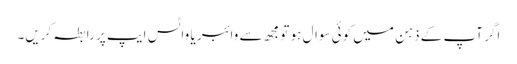
اگر آپ کے ذہن میں کوئی سوال ہو تو مجھ سے وائبر یا واٹس ایپ پر رابطہ کریں۔